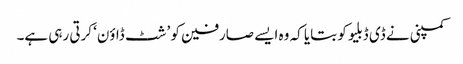
کمپنی نے ڈی ڈبلیو کو بتایا کہ وہ ایسے صارفین کو ’شٹ ڈاؤن‘ کرتی رہی ہے۔